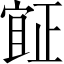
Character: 𣦍